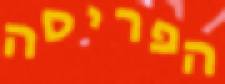
הפריסה